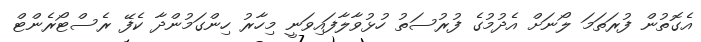
އެގޮތުން ފުރަތަމަ ލޯނަށް އެދުމުގެ ފުރުސަތު ހުޅުވާލާފައިވަނީ މިހާރު ހިންގަމުންދާ ކެފޭ ރެސްޓޯރެންޓް